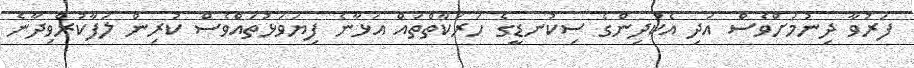
ފަރުވާ ދިނުމަށްވެސް އަދި އެކުދިންގެ ސިކުނޑީގެ ހަރަކާތްތައް އަޅާނެ ފިޔަވަޅުތައްވެސް ކުރިން ލަފާކުރެވިދާނެ